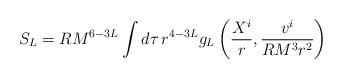
LaTeX: \begin{align*}S_L = RM^{6-3L} \int d\tau\, r^{4-3L}g_L\left( \frac{X^i}{r}, \frac{v^i}{R M^3 r^2}\right)\end{align*}